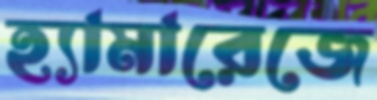
হ্যামারেজে